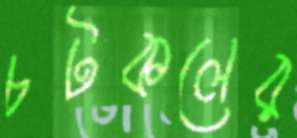
চটকলের